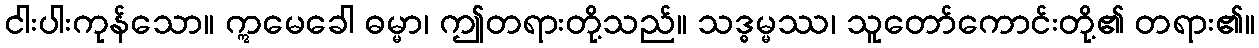
ငါးပါးကုန်သော။ ဣမေခေါ ဓမ္မာ၊ ဤတရားတို့သည်။ သဒ္ဓမ္မဿ၊ သူတော်ကောင်းတို့၏ တရား၏။